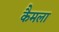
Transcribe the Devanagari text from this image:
कैमला